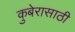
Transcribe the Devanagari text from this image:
कुबेरासाठी